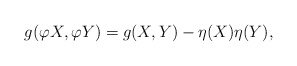
\begin{align*}g(\varphi X , \varphi Y) =g(X,Y)-\eta(X)\eta(Y),\end{align*}